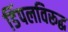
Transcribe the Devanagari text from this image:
डिंपलविरूद्ध